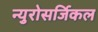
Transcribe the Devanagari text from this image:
न्युरोसर्जिकल